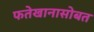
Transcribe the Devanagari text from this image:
फतेखानासोबत